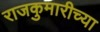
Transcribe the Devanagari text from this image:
राजकुमारीच्या